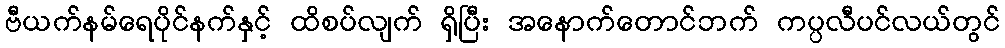
ဗီယက်နမ်ရေပိုင်နက်နှင့် ထိစပ်လျက် ရှိပြီး အနောက်တောင်ဘက် ကပ္ပလီပင်လယ်တွင်